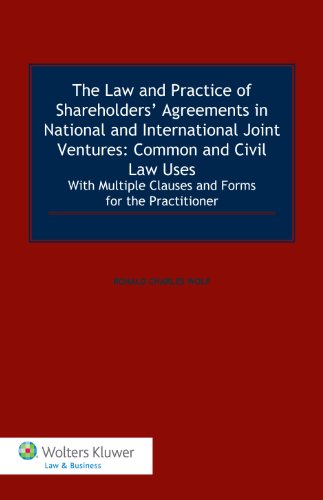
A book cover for The Law and Practice of Shareholders' Agreements in National and International Joint Ventures: Common and Civil Law Uses.; Ronald Charles Wolf; Business & Money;